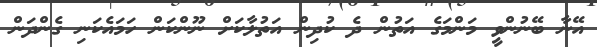
އޭނާ ބޭނުންވީ މަންމަގެ އަތުން ދެ ކުދިން އަތުލާކަށް ނޫންކަން ހަމައެކަނި ގެންދަން